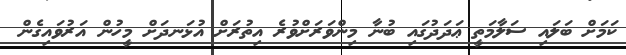
ކަމަށް ބަލައި ސަލާމަތީ ޢަދަދުގައި ބުނާ މިންވަރަށްވުރެ އިތުރަށް އުޅަނދަށް މީހުން އަރުވައިގެން